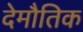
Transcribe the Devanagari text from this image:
देमौतिक